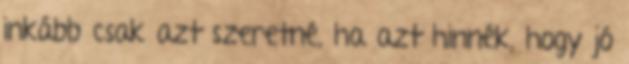
inkább csak azt szeretné, ha azt hinnék, hogy jó